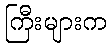
ကြီးများက